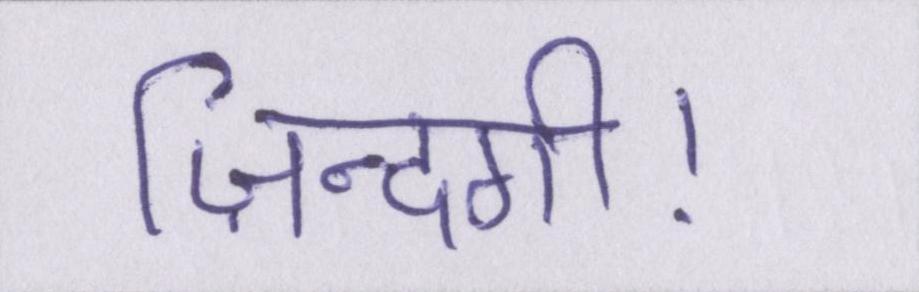
ज़िन्दगी।